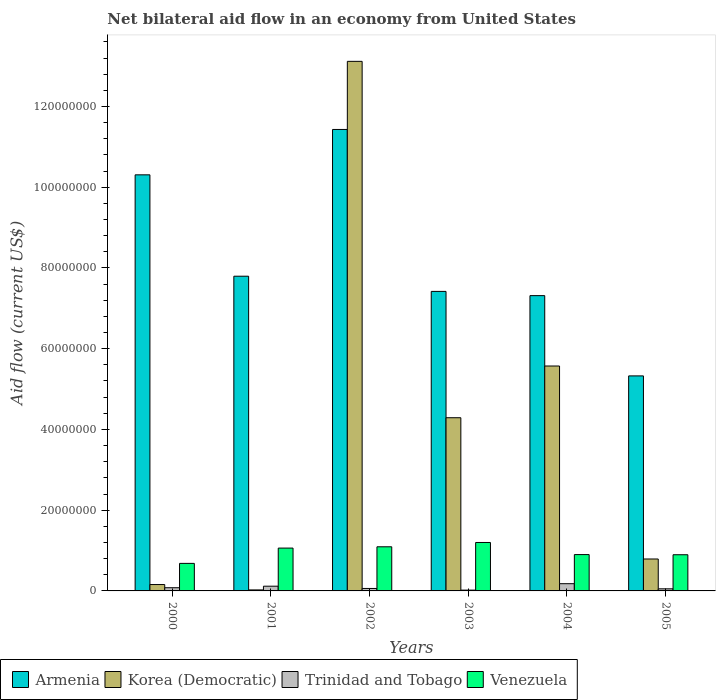
| Years | Armenia | Korea (Democratic) | Trinidad and Tobago | Venezuela |
 | --- | --- | --- | --- | --- |
 | 2000 | 1.03e+08 | 1.58e+06 | 7.9e+05 | 6.82e+06 |
 | 2001 | 7.8e+07 | 2.5e+05 | 1.17e+06 | 1.06e+07 |
 | 2002 | 1.14e+08 | 1.31e+08 | 6.1e+05 | 1.09e+07 |
 | 2003 | 7.42e+07 | 4.29e+07 | 2e+05 | 1.2e+07 |
 | 2004 | 7.31e+07 | 5.57e+07 | 1.79e+06 | 9e+06 |
 | 2005 | 5.33e+07 | 7.91e+06 | 5.2e+05 | 8.96e+06 |